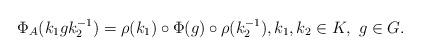
LaTeX: \begin{align*}\Phi_A(k_1gk_2^{-1})=\rho(k_1)\circ\Phi(g)\circ\rho(k_2^{-1}),k_1,k_2\in K,~g\in G.\end{align*}